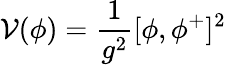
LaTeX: \mathcal{V}(\phi)={\frac{{1}}{{g^{2}}}}[\phi,\phi^{+}]^{2}